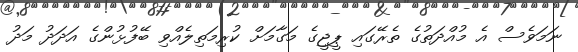
ނަމަވެސް އެ މުއްދަތުގެ ތެރޭގައި ޕީޖީގެ މަގާމަށް ކުރިމަތިލެއްވި ބޭފުޅުންގެ އަދަދު މަދު